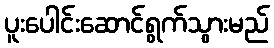
ပူးပေါင်းဆောင်ရွက်သွားမည်